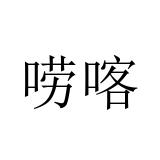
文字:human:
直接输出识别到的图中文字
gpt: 唠喀